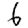
Digit: 6